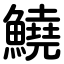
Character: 鱙